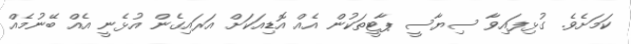
ކަމަށެވެ. ގުޅިފައިވާ ސިޔާސީ ޕާޓީތަކުން އެއް އޮޑިއަކަށް އަރައިގެން އުޅެނީ އެއް ބޭނުމެއް